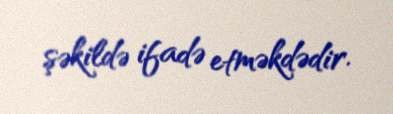
şəkildə ifadə etməkdədir.